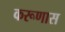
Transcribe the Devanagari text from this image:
करूणास